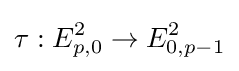
\tau :E_{p,0}^{2}\to E_{0,p-1}^{2}